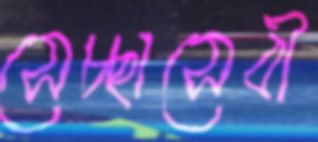
সেচ্ছাসেবী